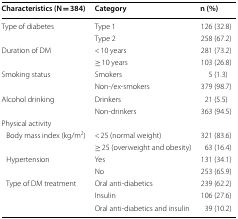
| Characteristics (N = 384) | Category | n (%) |
 | --- | --- | --- |
 | <ROWSPAN=2> Type of diabetes | Type 1 | 126 (32.8) |
 | Type 2 | 258 (67.2) |
 | <ROWSPAN=2> Duration of DM | < 10 years | 281 (73.2) |
 | ≥ 10 years | 103 (26.8) |
 | <ROWSPAN=2> Smoking status | Smokers | 5 (1.3) |
 | Non-/ex-smokers | 379 (98.7) |
 | <ROWSPAN=2> Alcohol drinking | Drinkers | 21 (5.5) |
 | Non-drinkers | 363 (94.5) |
 | <COLSPAN=3> Physical activity |
 | <ROWSPAN=2> Body mass index (kg/m2) | < 25 (normal weight) | 321 (83.6) |
 | ≥ 25 (overweight and obesity) | 63 (16.4) |
 | <ROWSPAN=2> Hypertension | Yes | 131 (34.1) |
 | No | 253 (65.9) |
 | <ROWSPAN=3> Type of DM treatment | Oral anti-diabetics | 239 (62.2) |
 | Insulin | 106 (27.6) |
 | Oral anti-diabetics and insulin | 39 (10.2) |